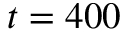
t = 4 0 0